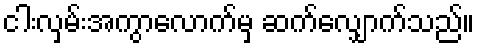
ငါးလှမ်းအကွာလောက်မှ ဆက်လျှောက်သည်။